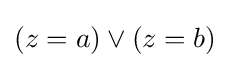
(z=a)\lor (z=b)